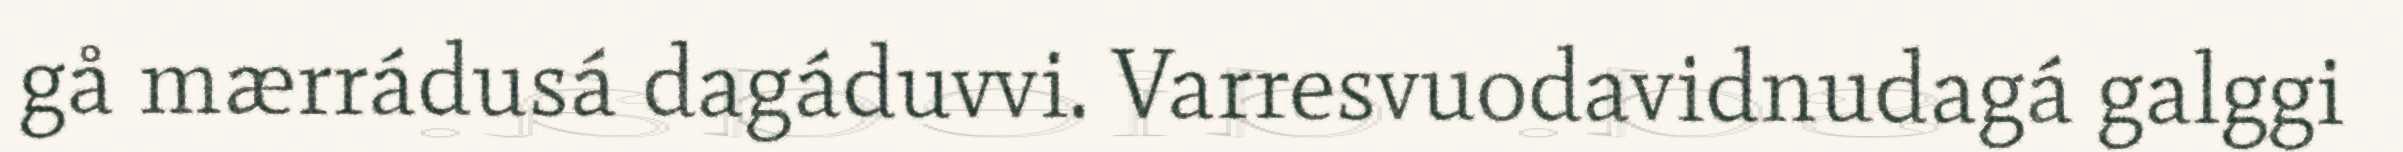
gå mærrádusá dagáduvvi. Varresvuodavidnudagá galggi